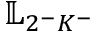
\mathbb { L } _ { 2 ^ { - } K ^ { - } }